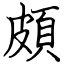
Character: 頗